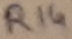
Text: R14